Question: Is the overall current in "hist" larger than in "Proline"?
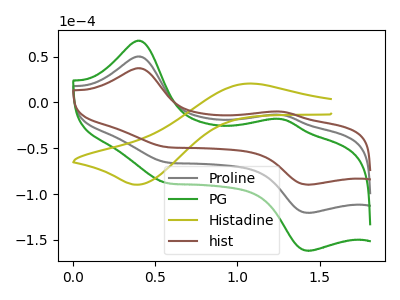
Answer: <think>The gray curve "Proline" has anodic peaks at (0.40V, 50.15uA) (1.25V, -13.45uA) and cathodic peaks at (0.55V, -65.20uA) (1.45V, -120.50uA). The green curve "PG" has anodic peaks at (0.40V, 100.35uA) (1.25V, -26.85uA) and cathodic peaks at (0.55V, -130.35uA) (1.45V, -241.00uA). The olive curve "Histadine" has an anodic peak at (1.05V, 20.60uA) and a cathodic peak at (0.40V, -89.70uA). The brown curve "hist" has anodic peaks at (0.40V, 37.35uA) (1.25V, -10.00uA) and cathodic peaks at (0.55V, -48.55uA) (1.45V, -89.75uA).
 All the peaks in "hist" have a peak in "Proline" at the same potential.</think>
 <answer>I cant tell if "hist" or "Proline" has more signal.</answer>
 <eval>mixed_signal</eval>